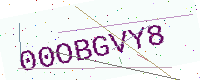
Text: 00OBGVY8